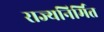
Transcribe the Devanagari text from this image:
राज्यनिर्मित